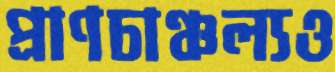
প্রাণচাঞ্চল্যও